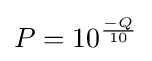
P=10^{\frac {-Q}{10}}